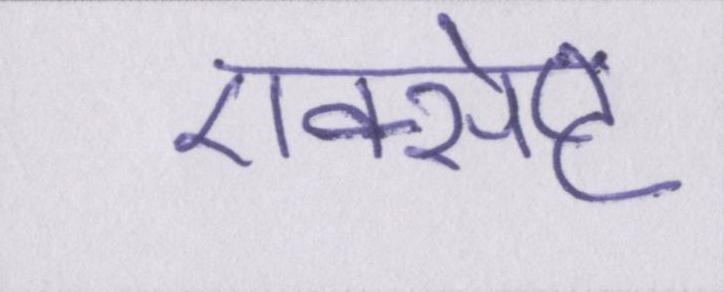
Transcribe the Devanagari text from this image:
एक्सेप्ट